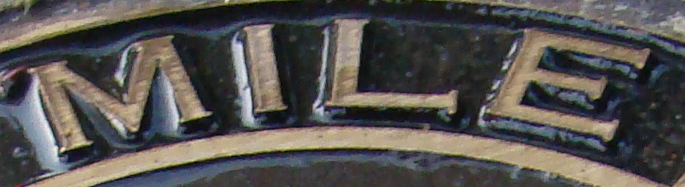
MILE